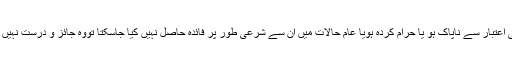
خلاصہ کلام یہ ہے کہ ہر اُس چیز کی بیع جوشرعی اعتبار سے ناپاک ہو یا حرام کردہ ہویا عام حالات میں اُن سے شرعی طور پر فائدہ حاصل نہیں کیا جاسکتا تووہ جائز و درست نہیں ہےان سے کُلی اجتناب کرنا ہر مسلم پر واجب ہے ۔